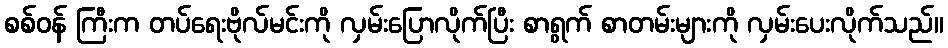
စစ်ဝန် ကြီးက တပ်ရေးဗိုလ်မင်းကို လှမ်းပြောလိုက်ပြီး စာရွက် စာတမ်းများကို လှမ်းပေးလိုက်သည်။